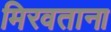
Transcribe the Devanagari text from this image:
मिरवताना